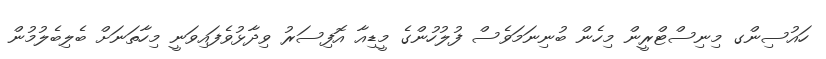
ހައުސިންގ މިނިސްޓްރީން މިހެން ބުނިނަމަވެސް ފުލުހުންގެ މީޑިއާ އޮފިސަރު ވިދާޅުވެފައިވަނީ މިހާތަނަށް ބެލިބެލުމުން